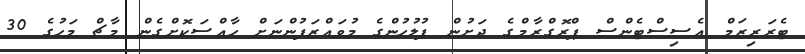
ޓެރަރިޒަމް އެސިސްޓެންސް ޕްރޮގްރާމްގެ ދަށުން ފުލުހުންގެ މުވައްޒަފުންނަށް ހާއްސަކޮށްގެން މާޗް މަހުގެ 30